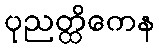
ပုညတ္ထိကေန